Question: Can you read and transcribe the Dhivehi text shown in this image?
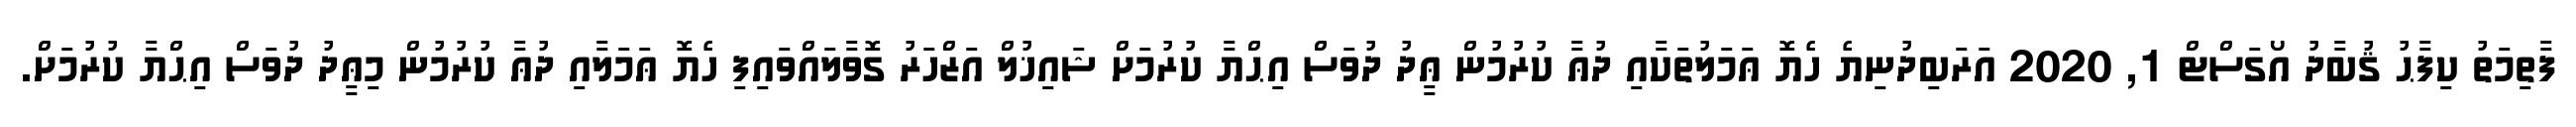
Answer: ފާތިމަތު ކިފާޙު ޤުބާދު އޯގަސްޓް 1, 2020 އަރަބިދުނިޔެ ހެޔޮ ޢަމަލުތަކާއި ދުޢާ ކުރުމުން ޢީދު ދުވަސް އިޙްޔާ ކުރުމަށް ޝައިޚުލް އަޒްހަރު ގޮވާލައްވައިފި ހެޔޮ ޢަމަލާއި ދުޢާ ކުރުމުން މިޢީދު ދުވަސް އިޙްޔާ ކުރުމަށް.